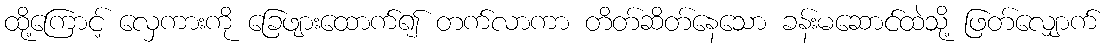
ထို့ကြောင့် လှေကားကို ခြေဖျားထောက်၍ တက်လာကာ တိတ်ဆိတ်နေသော ခန်းမဆောင်ထဲသို့ ဖြတ်လျှောက်